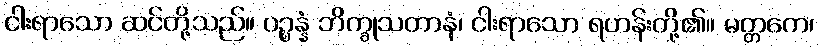
ငါးရာသော ဆင်တို့သည်။ ပဉ္စန္နံ ဘိက္ခုသတာနံ၊ ငါးရာသော ရဟန်းတို့၏။ မတ္တကေ၊